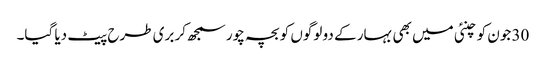
30 جون کو چنئی میں بھی بہار کے دو لوگوں کو بچہ چور سمجھ‌کر بری طرح پیٹ دیا گیا۔